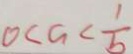
0 < a < \frac { 1 } { b }